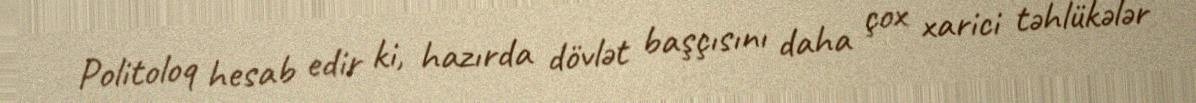
Politoloq hesab edir ki, hazırda dövlət başçısını daha çox xarici təhlükələr